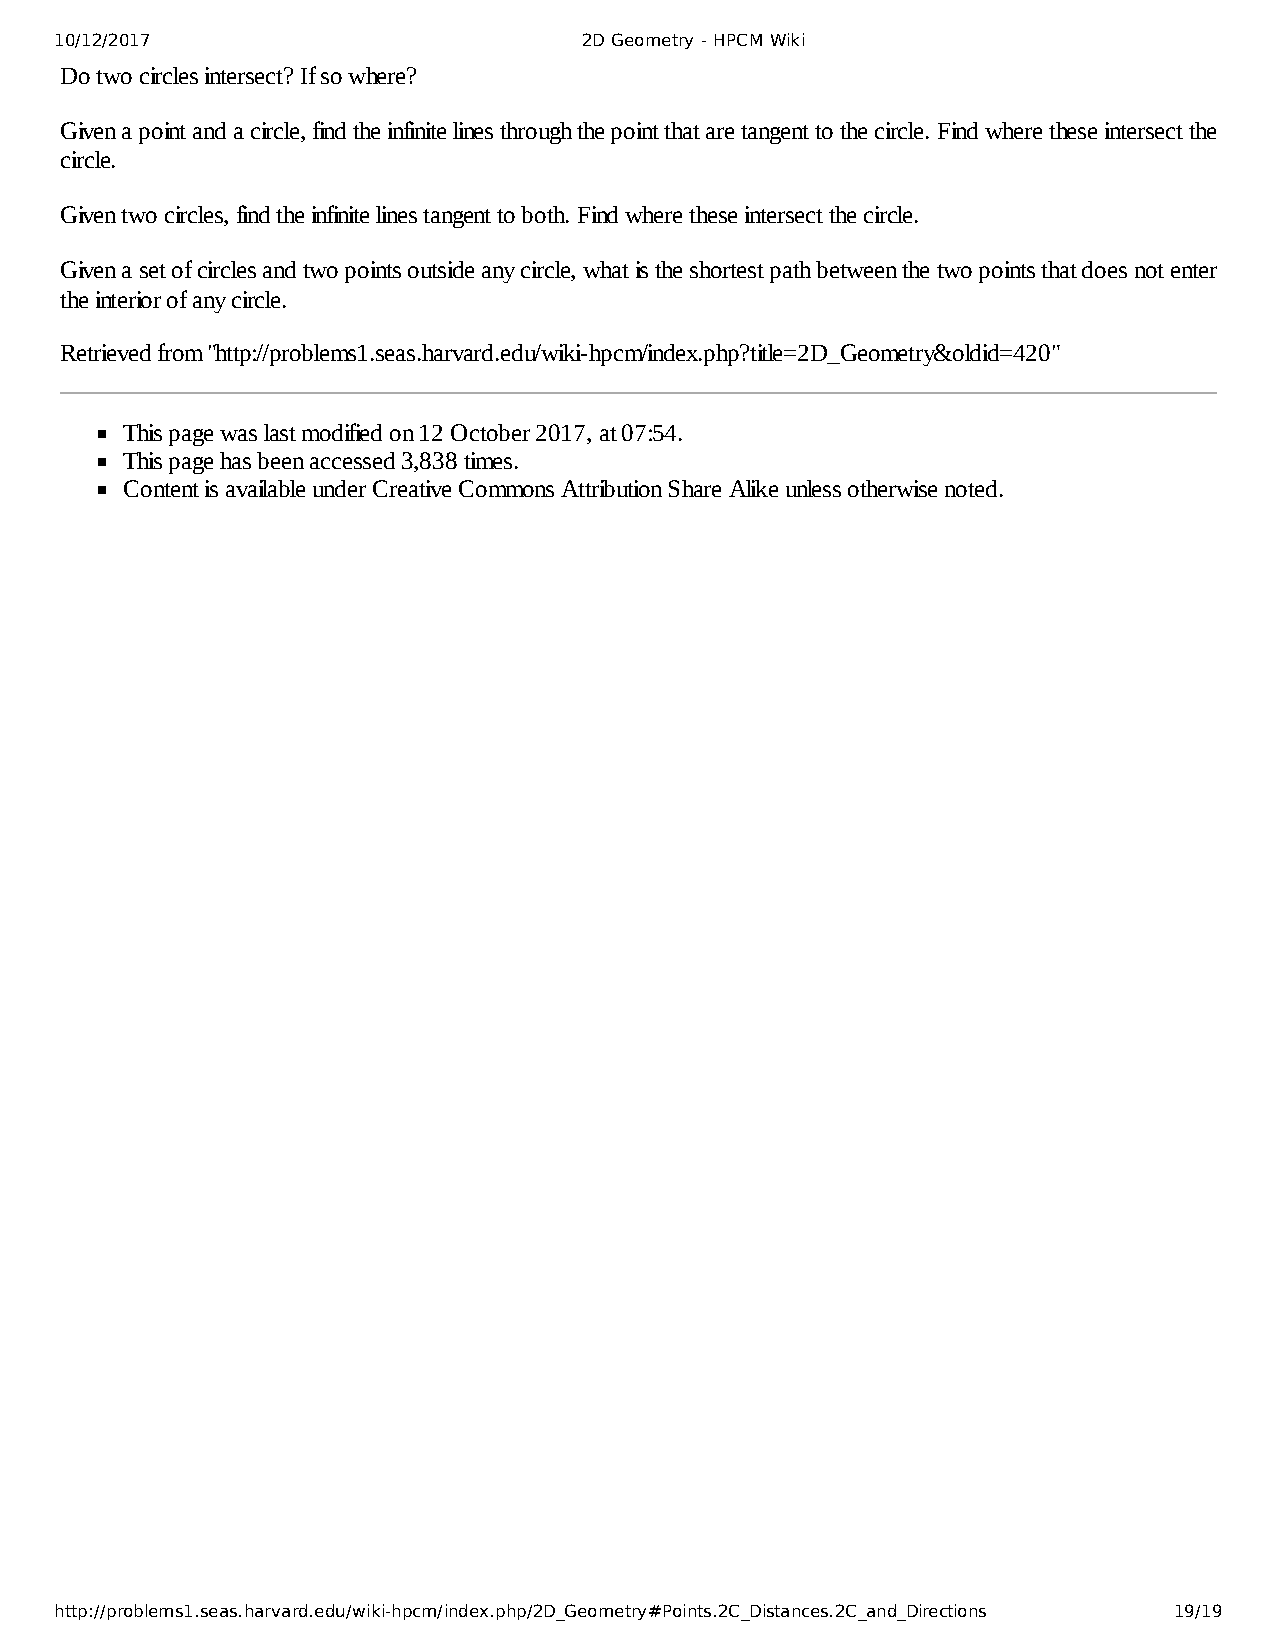
10/12/2017                         2D Geometry - HPCM Wiki
 Do two circles intersect? If so where?
 Given a point and a circle, find the infinite lines through the point that are tangent to the circle. Find where these intersect the
 circle.
 Given two circles, find the infinite lines tangent to both. Find where these intersect the circle.
 Given a set of circles and two points outside any circle, what is the shortest path between the two points that does not enter
 the interior of any circle.
 Retrieved from "http://problems1.seas.harvard.edu/wiki-hpcm/index.php?title=2D_Geometry&oldid=420"
 This page was last modified on 12 October 2017, at 07:54.
 This page has been accessed 3,838 times.
 Content is available under Creative Commons Attribution Share Alike unless otherwise noted.
 http://problems1.seas.harvard.edu/wiki-hpcm/index.php/2D_Geometry#Points.2C_Distances.2C_and_Directions 19/19